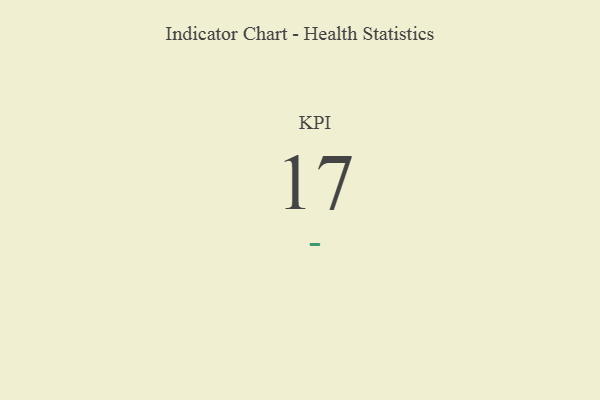
{"axis": {"x": "KPI", "y": "Value"}, "legend": [""], "data": [{"x": "KPI", "y": 17, "type": ""}]}